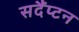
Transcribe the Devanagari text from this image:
सदैंप्टन